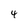
Character: 4